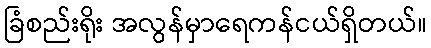
ခြံစည်းရိုး အလွန်မှာရေကန်ငယ်ရှိတယ်။